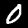
Label: 0